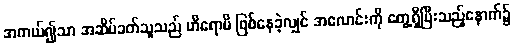
အကယ်၍သာ အဆိပ်ခတ်သူသည် ဟိရောမိ ဖြစ်နေခဲ့လျှင် အလောင်းကို တွေ့ရှိပြီးသည့်နောက်၌